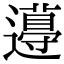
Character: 𨘚